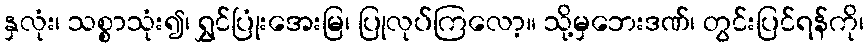
နှလုံး၊ သစ္စာသုံး၍၊ ရွှင်ပြုံးအေးမြ၊ ပြုလုပ်ကြလော့။ သို့မှဘေးဒဏ်၊ တွင်းပြင်ရန်ကို၊